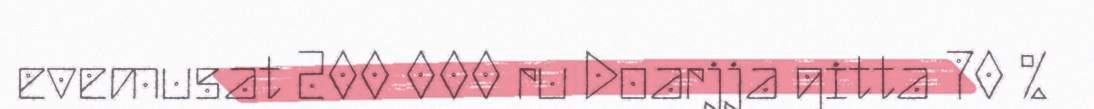
evemusat 200 000 ru Doarjja gitta 70 %